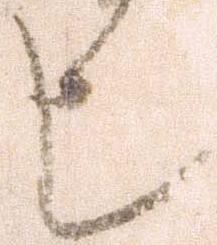
也